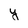
Character: y